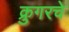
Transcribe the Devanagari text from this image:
क्रुगरचे